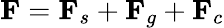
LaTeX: \mathbf{F}=\mathbf{F}_{s}+\mathbf{F}_{g}+\mathbf{F}_{c}